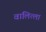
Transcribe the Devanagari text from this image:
वालित्ला